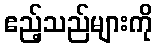
ဧည့်သည်များကို